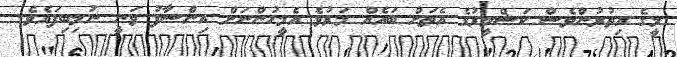
މީގެ އިތުރުންވެސް ކަޝްމީރުގެ އެތަށް ބައެއް މަރުވެ އެމީހުންނަށް އިންސާފު ވަނީ ނުލިބިފައެވެ.